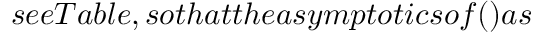
s e e T a b l e , s o t h a t t h e a s y m p t o t i c s o f ( ) a s